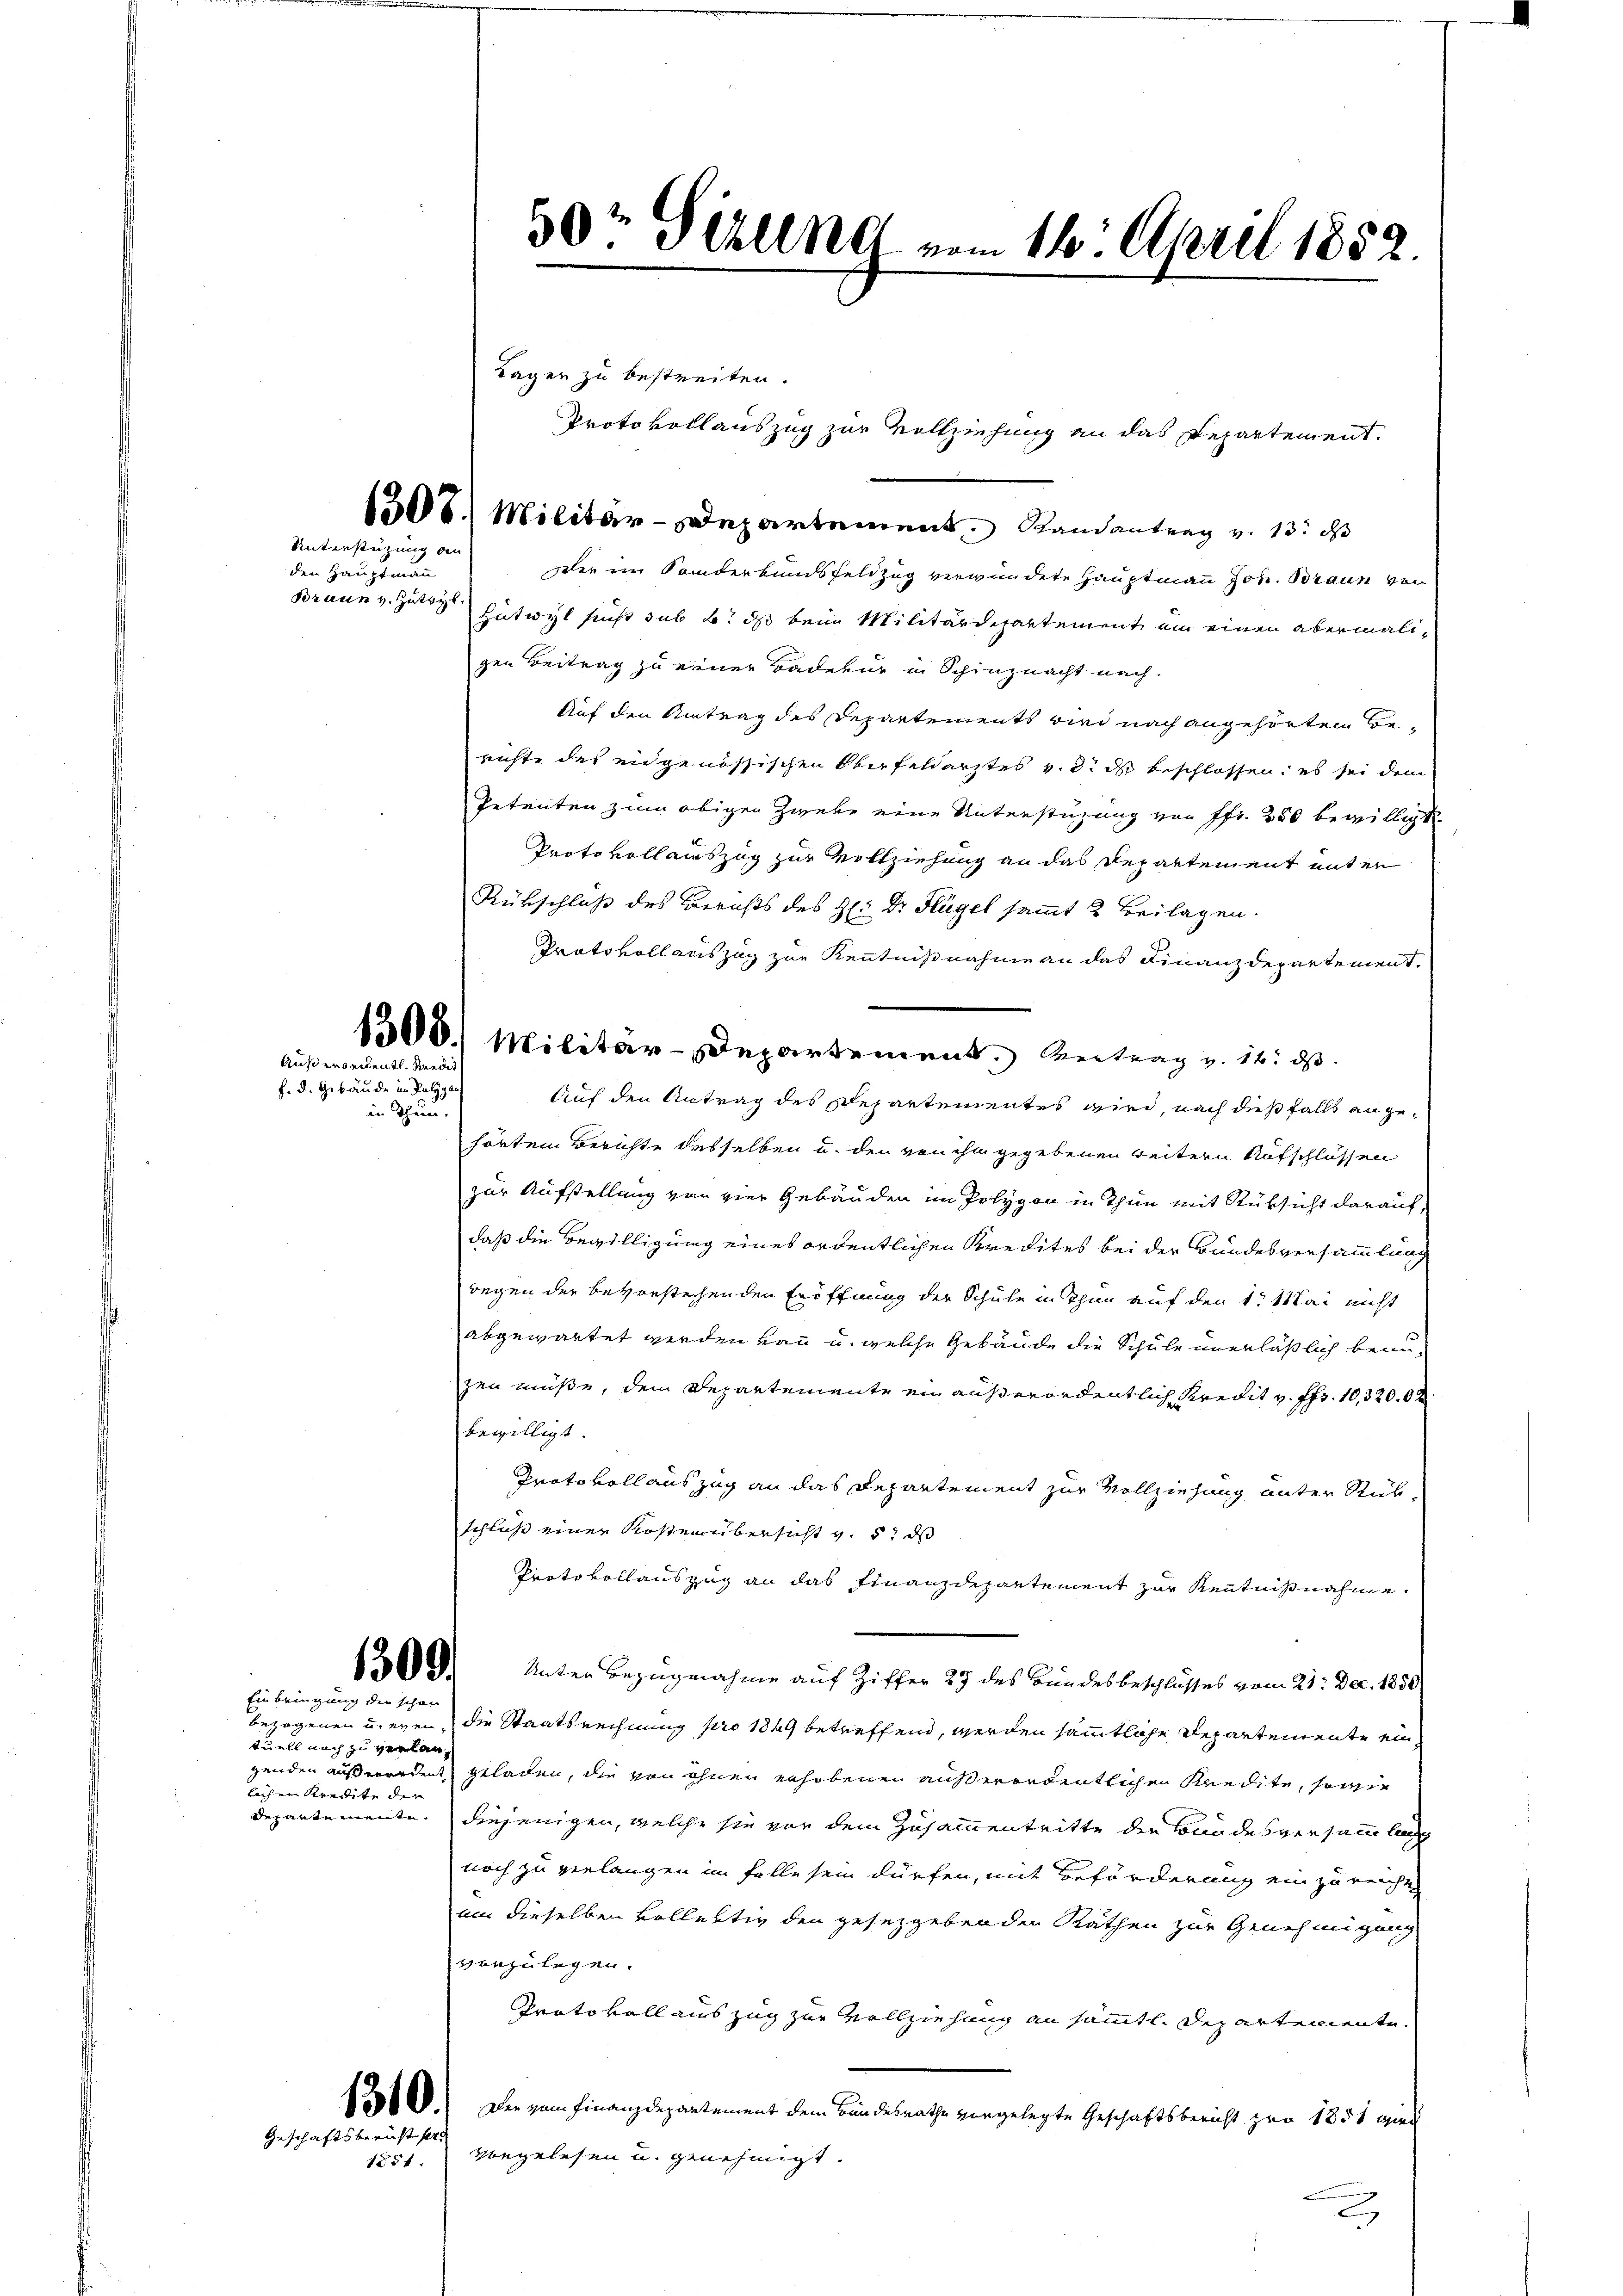
Unterstüzung an

den Hauptmann
Braun v. Zutryb

Außerordentl. Medit
f. d. Gebäude im Polyg
in Thun.

1309.
Einbringung der schon

tuell noch zu verlanbach ein Kredite der

Geschäftsbericht fer

Tagen zu bestreiten.
1308) Militär-Departement Randantrag v. 13. d
dler im Sanderkundsfeldzug verwundete Hauptmann Joh. Braun von
Eutwyl sucht sub b. ds beim Militärdepartement ein einen abermalizen Beitrag zu einer Badetur in Schinznacht nach.
Auf den Antrag des Departements wir nach angehörten Berichte des eidgenössischen Oberfeldarztes v. 2. ds beschlossen; es sei dem
Petenten zum obigen Zwebe eine Unterstüzung von Pfr. 250 bewilligt.
Protokollauszug zur Vollziehung an das Departement unter
Rükschluß des Berichts des H: Dr. Hügel sammt 2 Beilagen.
Prato vollauszug zur Kenntnißnahme an das Finanzdepartement.
1308. Militär-Departement. Antrag v. 14. ds.
Auf den Antrag des Departementes wird, nach dießfalls an gehörten Berichte desselben u. den von ihm gegebenen weitern Aufschlüssen
zur Aufstellung von vier Gebäuden im Polygon in Thun mit Rüksicht darauf,
daß die Bewilligung eines ordentlichen Kredites bei der Bundesversammlung
wegen der bevorstehenden Eröffnung der Schule in Thun auf den 1. Mai nicht
abgewartet werden von u. welche Gebäude die Schule unerläßlich beau-
zen müße, dem Departemente ein außerordentlich Kredit v. Fr. 10,320. 0 x
bewilligt.
Protokoll auszug an das Departement zur Vollziehung unter Rükschluß einer Kostenübersicht v. 5. ds
Protokollauszug an das Finanzdepartement zur Kenntnißnahme.
Unter Bezugnahme auf Ziffer 27 des Bundesbeschlusses vom 21. Dec. 1850
bezogenen u. even, die Staatsrechnung pro 1849 betreffend, werden sämmtliche Departemente eingenden aus werden geladen, die von ohnen erhobenen außerordentlichen Kredite, sowie
Departemente. Diejenigen, welche sie vor dem Zusammentritte der Bandesversammlung
noch zu verlangen im Falle sein dürfen, mit Beförderung einzureicht
um dieselben vollertig den gesezgebenden Räthen zur Genehmigung
vanzulegen.
Protokoll auszug zur Vollziehung an sämmtl. Departemente.
121.) Der vom Finanzdepartement dem Bundesrathe vorgelegte Geschäftsbericht pro 1851 wied
1851. vorgelesen u. genehmigt.
e

30r Sihlen vom 16. April 1852.

Protokollauszug zur Vollziehung an das Departement.